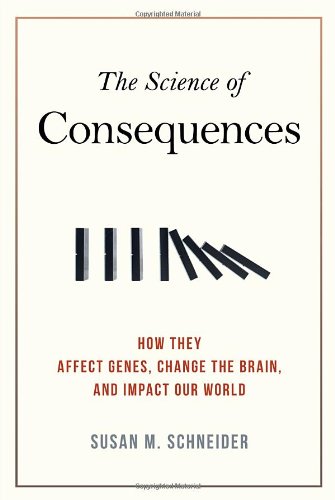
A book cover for The Science of Consequences: How They Affect Genes, Change the Brain, and Impact Our World; Susan M. Schneider; Science & Math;